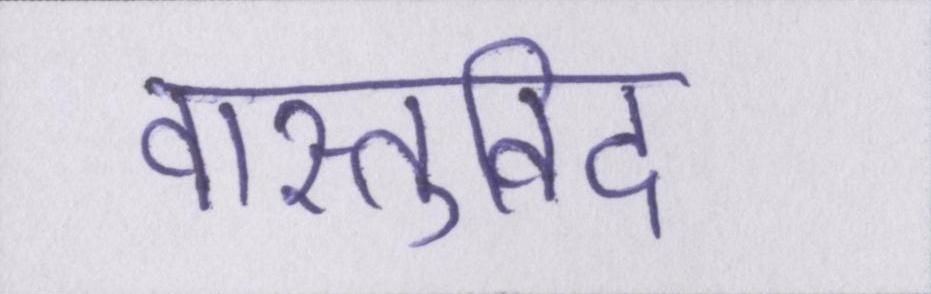
वास्तुविद